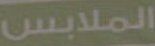
الملابس